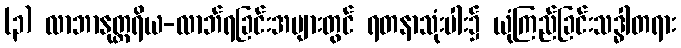
(၃) လာဘာနုတ္တရိယ-လာဘ်ရခြင်းအများတွင် ရတနာသုံးပါး၌ ယုံကြည်ခြင်းသဒ္ဓါတရား